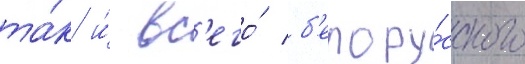
та́к и́ вс'его́ б'елору́сского